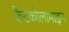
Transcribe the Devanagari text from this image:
कैटेकोलामाइन